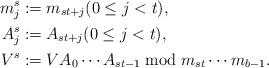
LaTeX: \begin{align*} m^s_j &:= m_{st+j} (0 \leq j < t), \\ A^s_j &:= A_{st+j} (0 \leq j < t), \\ V^s &:= V A_0 \cdots A_{st-1} \bmod m_{st} \cdots m_{b-1}.\end{align*}